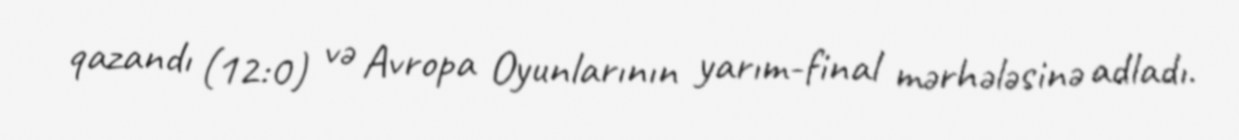
qazandı (12:0) və Avropa Oyunlarının yarım-final mərhələsinə adladı.